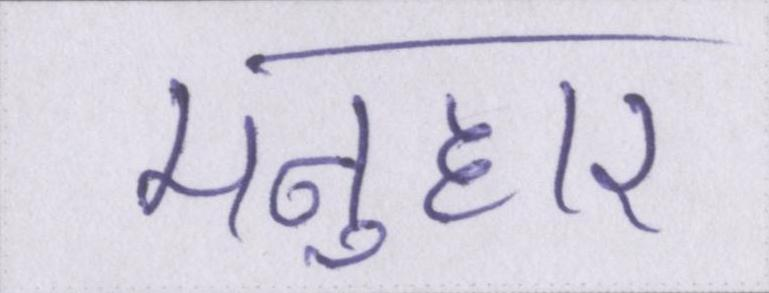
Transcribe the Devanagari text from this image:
मनुहार